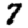
Digit: 7